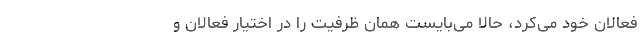
فعالان خود می‌کرد، حالا می‌بایست همان ظرفیت‌ را در اختیار فعالان و